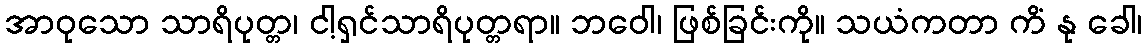
အာဝုသော သာရိပုတ္တ၊ ငါ့ရှင်သာရိပုတ္တရာ။ ဘဝေါ၊ ဖြစ်ခြင်းကို။ သယံကတာ ကိံ နု ခေါ၊